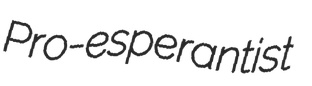
Pro-esperantist